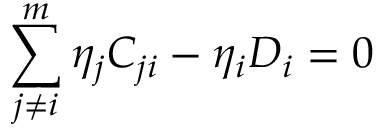
\sum _ { j \ne i } ^ { m } \eta _ { j } C _ { j i } - \eta _ { i } D _ { i } = 0